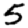
Digit: 5